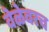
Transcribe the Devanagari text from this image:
वेळेवरच